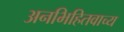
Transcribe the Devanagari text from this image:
अनभिहितवाच्य